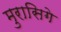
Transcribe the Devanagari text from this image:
मुरासिगे